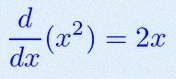
\frac{d}{dx}(x^2)=2x